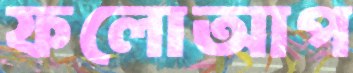
ফলোআপ